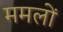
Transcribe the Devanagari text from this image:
ममलों